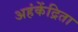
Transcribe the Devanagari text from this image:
अहंकेंद्रिता